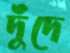
দুঁদে